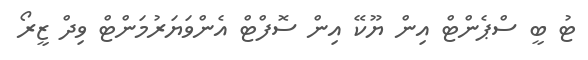
ޓު ބީ ސްޕެންޓް އިން ޔޫކޭ އިން ސޮފްޓް އެންވަޔަރުމަންޓް ވިދް ޒީރޯ